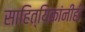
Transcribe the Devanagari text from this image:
साहित्यिकांनीही